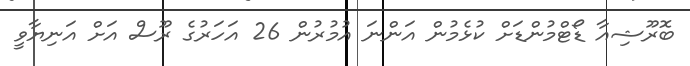
ބޮރޫޝިއާ ޑޯޓްމުންޑަށް ކުޅެމުން އަންނަ އުމުރުން 26 އަހަރުގެ ރޫސް އަށް އަނިޔާވީ